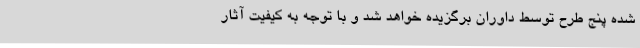
شده پنج طرح توسط داوران برگزیده خواهد شد و با توجه به کیفیت آثار